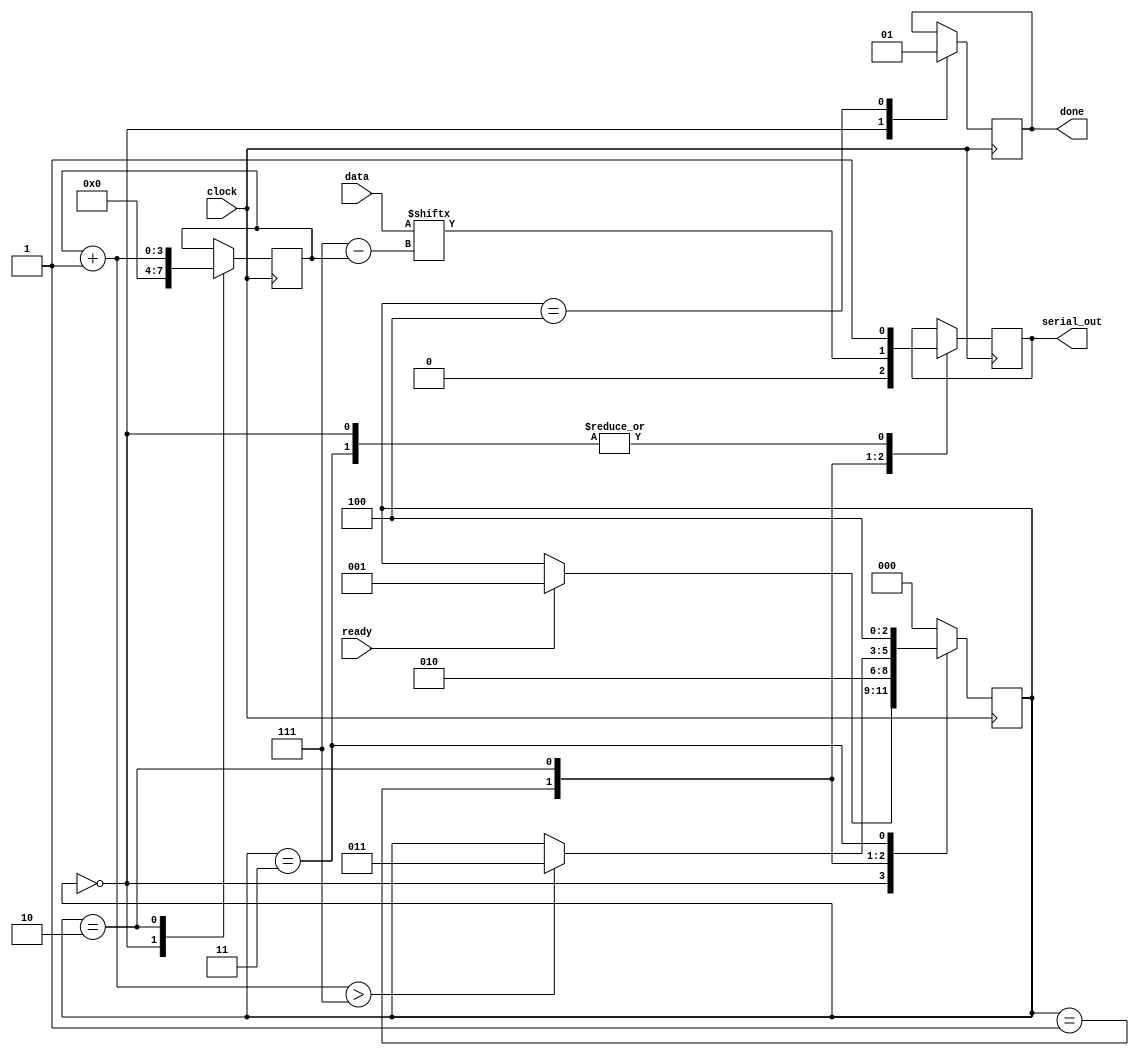
`timescale 1ns / 1ps
module uart_tx(
input[0:7] data,
input ready,
input clock,
output reg serial_out,
output reg done
    );
parameter idle_state = 3'b000;
parameter start_bit = 3'b001;
parameter data_bits = 3'b010;
parameter stop_bit = 3'b011;
parameter cleanup_state = 3'b100;
reg[2:0] state = idle_state;
reg[3:0] bit_count;
always @(posedge clock)
begin
case(state)
idle_state:
begin
serial_out <= 1;
bit_count <= 3'b000;
done <= 0;
if(ready == 1'b1)
state <= start_bit;
end
start_bit:
begin
serial_out <= 1'b0;
state <= data_bits;
end
data_bits:
begin
serial_out = data[bit_count];
bit_count = bit_count + 1;
if(bit_count > 3'b111)
state = stop_bit;
end
stop_bit:
begin
serial_out <= 1'b1;
state <= cleanup_state;
end
cleanup_state:
begin
done <= 1'b1;
state <= idle_state;
end
default:
begin
state <= idle_state;
end
endcase
end
endmodule